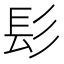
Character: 髟